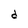
Character: d